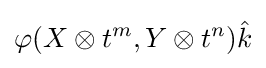
\varphi (X\otimes t^{m},Y\otimes t^{n}){\hat {k}}